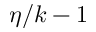
\eta / k - 1